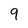
Character: 9